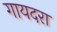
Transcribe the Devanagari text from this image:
गायदरा